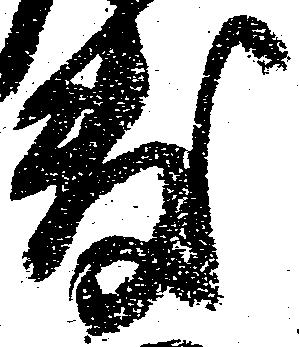
敷